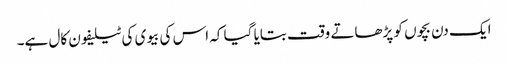
ایک دن بچوں کو پڑھاتے وقت بتایا گیا کہ اس کی بیوی کی ٹیلیفون کال ہے۔